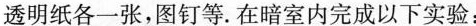
透明纸各一张，图钉等.在暗室内完成以下实验：